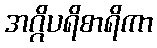
အဂ္ဂိပရိစာရိကာ